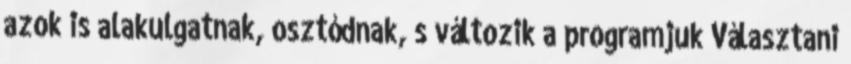
azok is alakulgatnak, osztódnak, s változik a programjuk Választani